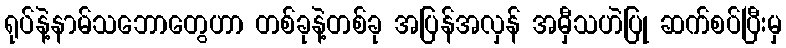
ရုပ်နဲ့နာမ်သဘောတွေဟာ တစ်ခုနဲ့တစ်ခု အပြန်အလှန် အမှီသဟဲပြု ဆက်စပ်ပြီးမှ